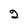
Character: 2